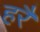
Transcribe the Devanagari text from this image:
हरैं